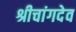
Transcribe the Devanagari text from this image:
श्रीचांगदेव